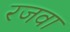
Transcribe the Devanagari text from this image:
रजवा